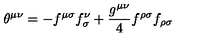
{ \theta } ^ { { \mu } { \nu } } = - f ^ { { \mu } { \sigma } } f _ { { \sigma } } ^ { \nu } + \frac { g ^ { { \mu } { \nu } } } { 4 } f ^ { { \rho } { \sigma } } f _ { { \rho } { \sigma } }